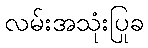
လမ်းအသုံးပြုခ